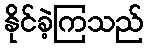
နိုင်ခဲ့ကြသည်